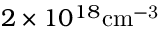
2 \times 1 0 ^ { 1 8 } \mathrm { c m ^ { - 3 } }